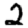
Digit: 2